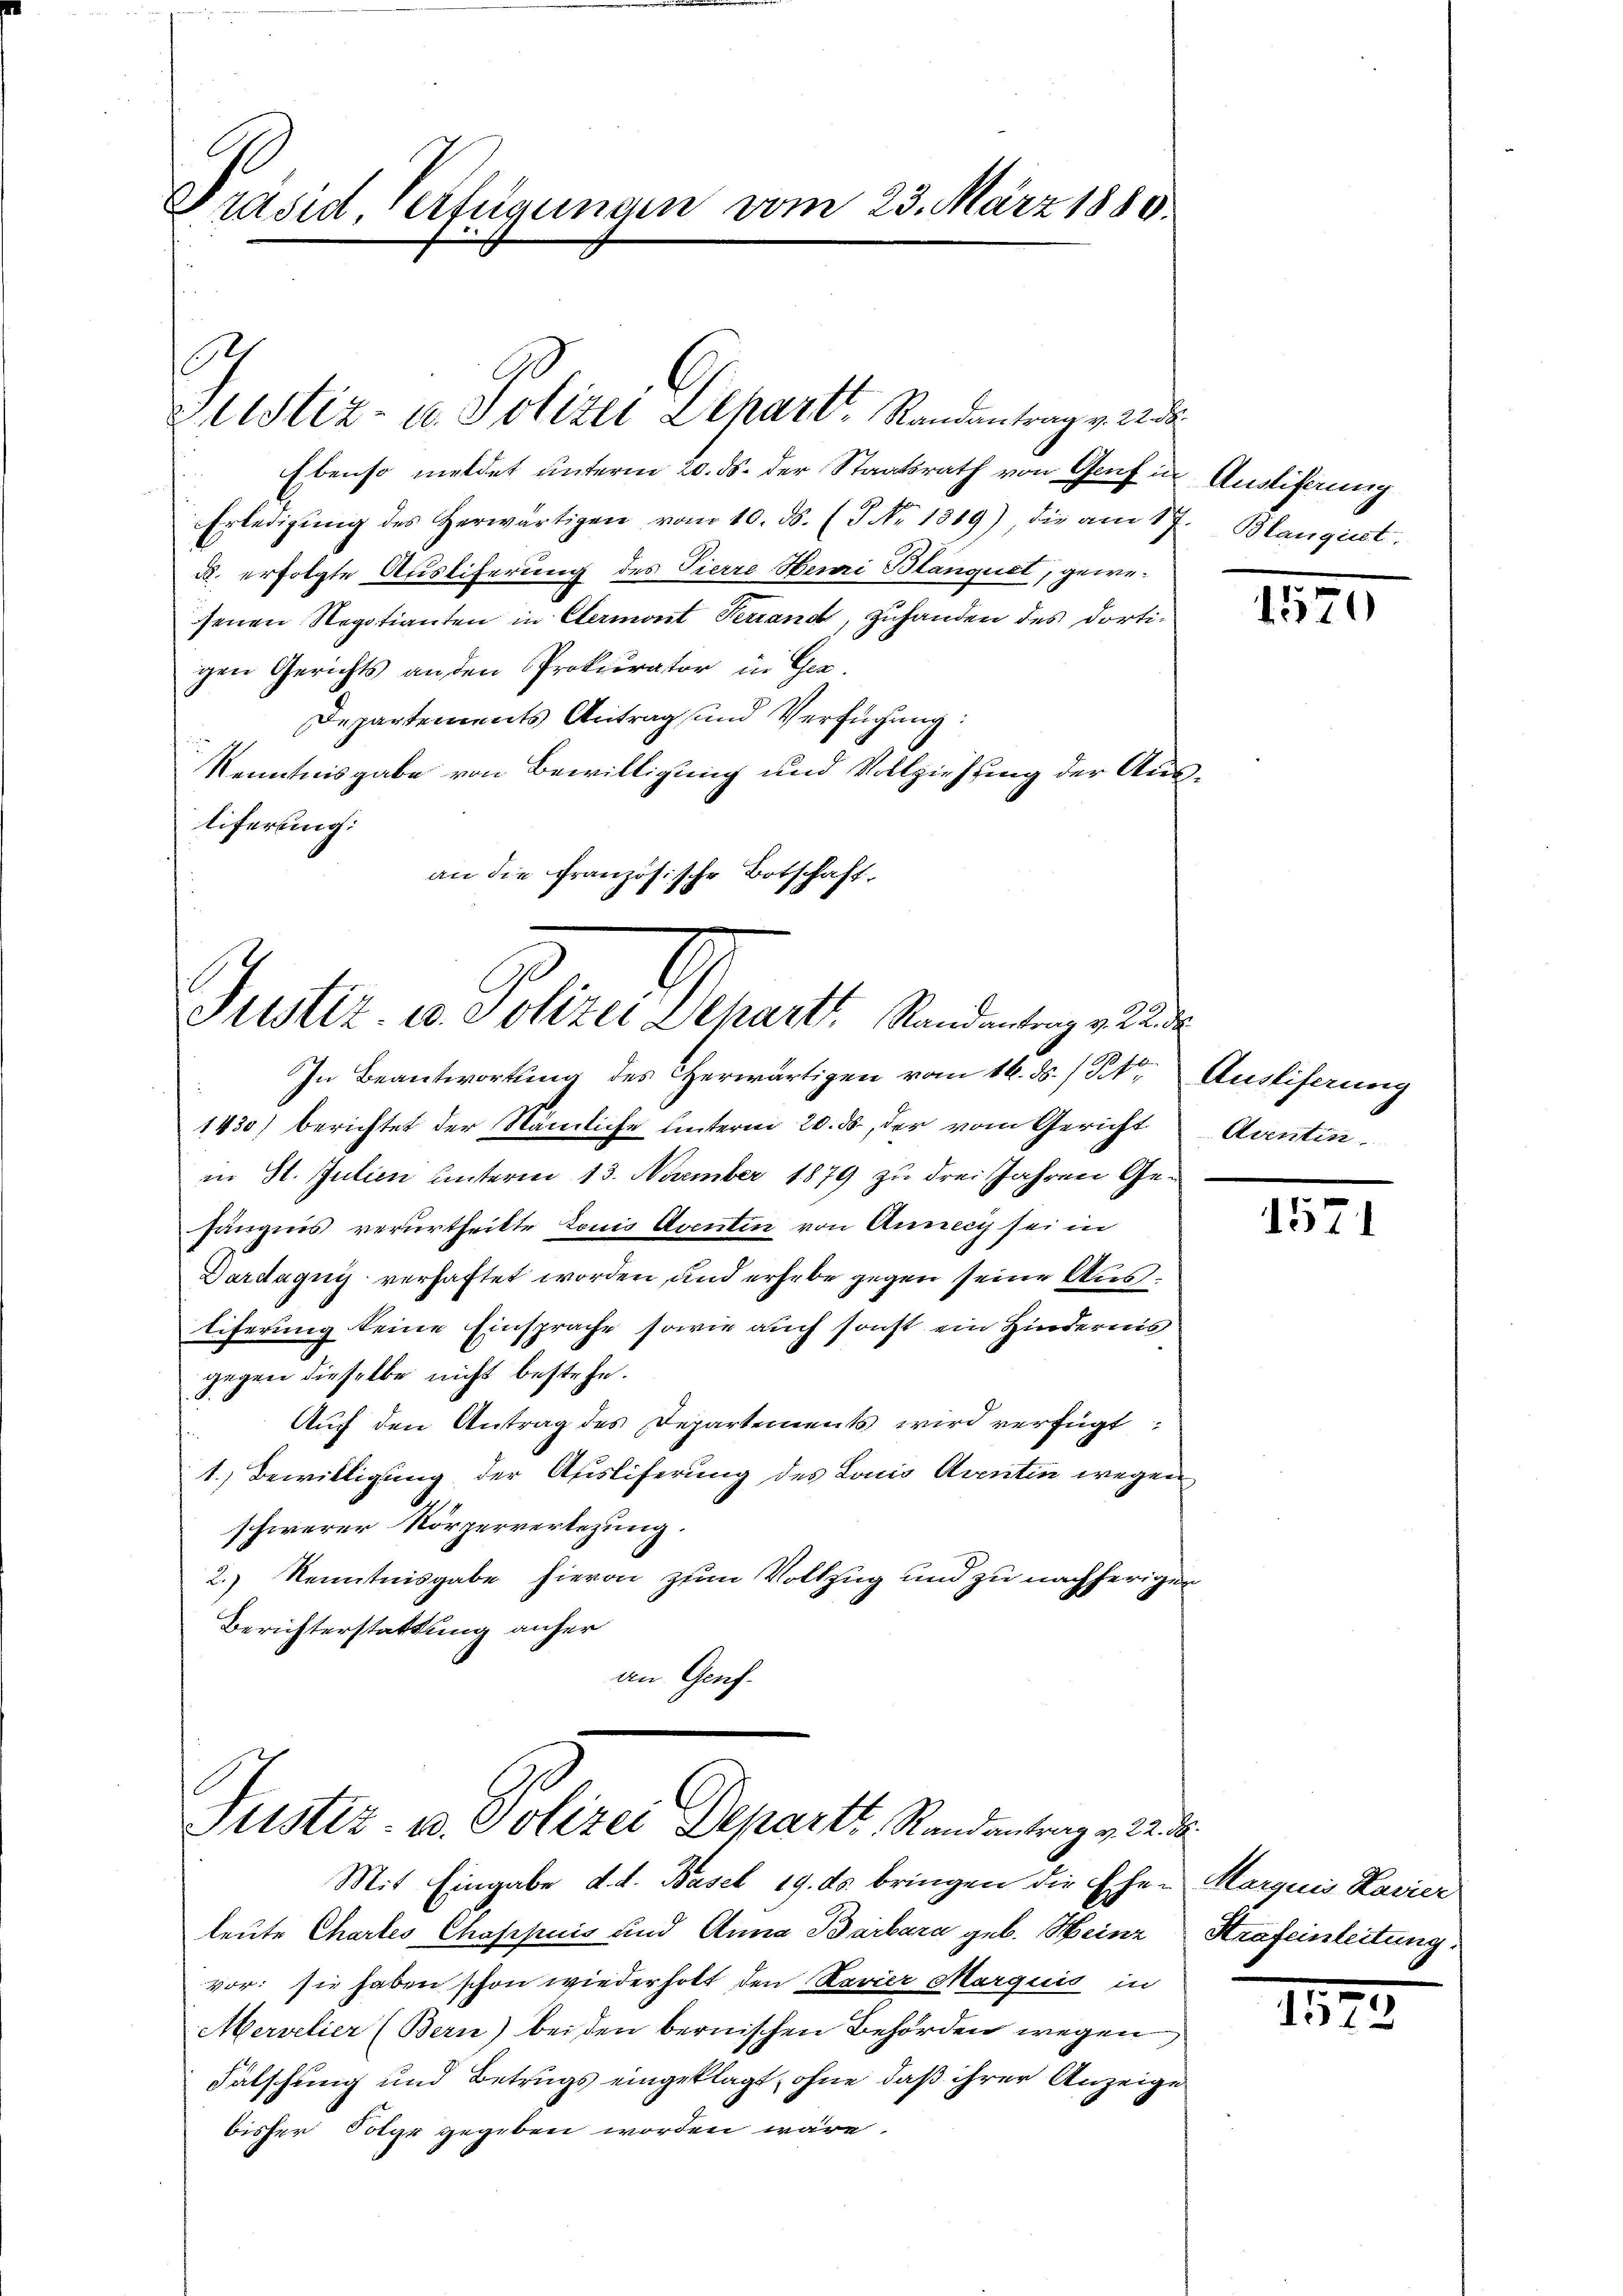
Präsid Verfügungen vom 23. März 1880.

Ebenso meldet unterm 20. ds. der Staatsrath von Genf in Ausliferung
Erledigŭng des Herwärtigen vom 10. ds. (T No 1319) die am 17. Blangiret.
d. erfolgte Ausliferung des Tierre Hemi Blanquet, gewesenen Regotianten in Clermont Ferrand, Zuhanden des dortigen Gerichts an den Prokurator in Gra¬
Departements Antrag und Verfügung:
Kenntnisgabe von Bewilligung und Vollziehung der Ausliferung:
an die Französische
obschaft.
A

E

stiz- u. Polizei Depart, Randantrag v. 22 d

Justiz u. Polizei Departs Randantrag v. 2

In Beantwortung des Cherwärtigen vom 16. ds. / Kt. Ausliferung
1430) berichtet der Nämliche unterm 20. ds., der vom Gericht
in St. Julien unterm 13. November 1879 zu drei Jahren Gefängnis verurtheilte Louis Aventin von Annecis sei in
Dardaquis verhaftet worden, und erhebe gegen seine Aus¬
Eiferung keine Einsprache sowie auch sonst ein Hindernis
gegen dieselbe nicht bestehe.
Auf den Antrag des Departements wird verfügt:
1. Bewilligung der Auslieferung des Lonio Aventin wegen
schwerer Körperverlegung.
2.) Kenntnisgabe hievon zum Vollzug und zu nachheriger
Berichterstattung anher
an Genf.

Justiz- u. Polizei Departt, Randantrag v. 22. d.

Mit Eingabe d. d. Basel 19. ds. bringen die Ehen Marquis Lavier
leute Chartes Chappuis und Anna Barbara geb. Heinz
vor: sie haben schon wiederholt den Revier Marquis in
Mervelier (Bern) bei den bernischen Behörden wegen
Falschung und Betrugs eingeklagt, ohne daß ihrer Anzeige
bisher Folge gegeben worden wäre.

1570

Aantin

1571

Strafeinleitung.

11